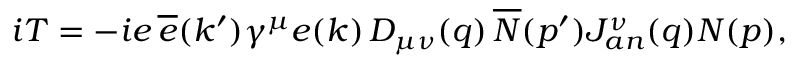
i T = - i e \, \overline { { { e } } } ( k ^ { \prime } ) \gamma ^ { \mu } e ( k ) \, D _ { \mu \nu } ( q ) \, \overline { { { N } } } ( p ^ { \prime } ) J _ { a n } ^ { \nu } ( q ) N ( p ) ,